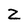
Character: Z